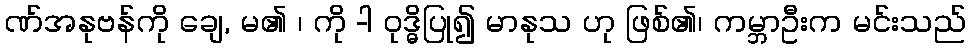
ဏ်အနုဗန်ကို ချေ, မ၏ ၊ ကို -ါ ဝုဒ္ဓိပြု၍ မာနုသ ဟု ဖြစ်၏၊ ကမ္ဘာဦးက မင်းသည်